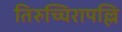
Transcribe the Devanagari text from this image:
तिरुच्चिरापल्लि